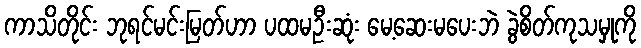
ကာသိတိုင်း ဘုရင်မင်းမြတ်ဟာ ပထမဦးဆုံး မေ့ဆေးမပေးဘဲ ခွဲစိတ်ကုသမှုကို